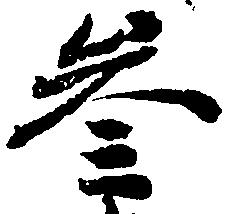
参